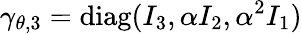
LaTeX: \gamma_{\theta,3}=\mathrm{diag}(I_{3},\alpha I_{2},\alpha^{2}I_{1})